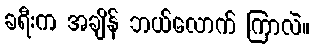
ခရီးက အချိန် ဘယ်လောက် ကြာလဲ။